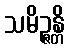
သမိဉ္ဇန္တိ